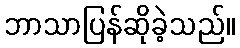
ဘာသာပြန်ဆိုခဲ့သည်။